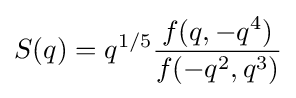
S(q)=q^{1/5}{\frac {f(q,-q^{4})}{f(-q^{2},q^{3})}}